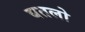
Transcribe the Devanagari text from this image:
बतलो